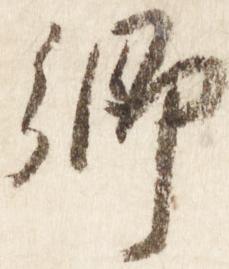
卿